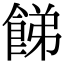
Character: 䬾